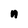
Character: n